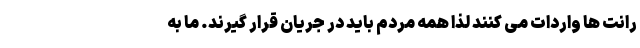
رانت ها واردات می کنند لذا همه مردم باید در جریان قرار گیرند. ما به